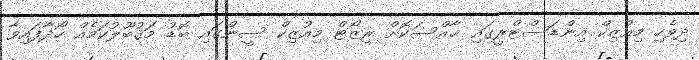
ދިވެހި މިއުޒިކް އިންޑަސްޓްރީގައި ޚާއްސަކޮށް ރިޒޯޓް މިއުޒިކް ސީންގައި ބޮޑު މަޤުބޫލުކަމެއް ހޯދާފައިވާ